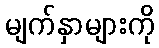
မျက်နှာများကို